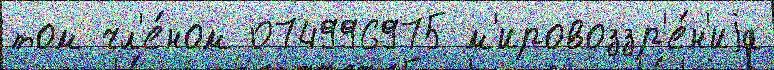
том чл'е́ном 074996975 м'ировоззр'е́н'иjа